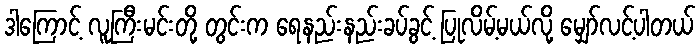
ဒါကြောင့် လူကြီးမင်းတို့ တွင်းက ရေနည်းနည်းခပ်ခွင့် ပြုလိမ့်မယ်လို့ မျှော်လင့်ပါတယ်